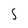
Character: S